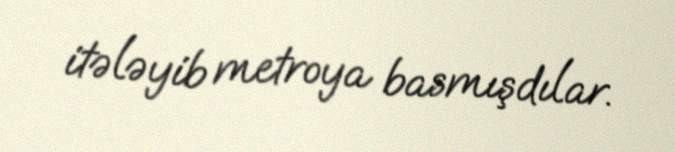
itələyib metroya basmışdılar.